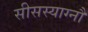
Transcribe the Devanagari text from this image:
सीसस्याग्नौ